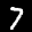
Label: 7